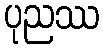
ပုညဿ